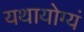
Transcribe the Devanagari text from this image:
यथायोग्यं